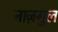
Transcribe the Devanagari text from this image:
नाज़गुल